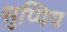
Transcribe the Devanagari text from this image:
सुप्पिय